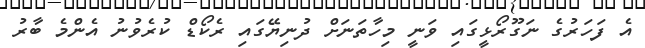
އެ ފަހަރުގެ ނަގޫރޯޅީގައި ވަނީ މިހާތަނަށް ދުނިޔޭގައި ރެކޯޑް ކުރެވުނު އެންމެ ބާރު